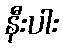
နီးပါး